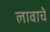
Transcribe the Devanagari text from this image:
लावाचे